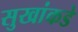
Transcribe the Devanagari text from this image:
सुखांकडे